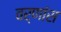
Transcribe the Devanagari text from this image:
वर्णांस